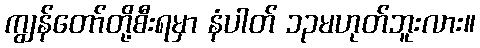
ကျွန်တော်တို့စီးရမှာ နံပါတ် ၁၃မဟုတ်ဘူးလား။